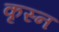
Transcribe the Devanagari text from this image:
कृस्न